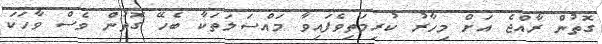
ގޮތުން ރާއްޖެ އަށް މިހާރު ކުރިމަތިވެފައިވާ މައްސަލަތަކާ ބެހޭ ގޮތުން ވެސް ވާހަކަ